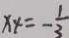
x _ { 4 } = - \frac { 1 } { 3 }